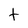
Character: t